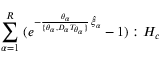
\; \sum _ { \alpha = 1 } ^ { R } \; ( e ^ { - \frac { \theta _ { \alpha } } { \lbrace \theta _ { \alpha } , D _ { \alpha } T _ { \theta _ { \alpha } } \rbrace } \, \hat { \xi } _ { \alpha } } - 1 ) : H _ { c } \;